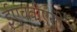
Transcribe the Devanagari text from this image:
ईएचवीएसी